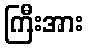
ကြီးအား